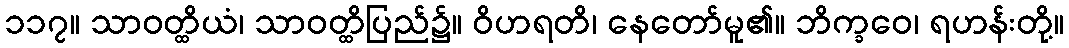
၁၁၇။ သာဝတ္ထိယံ၊ သာဝတ္ထိပြည်၌။ ဝိဟရတိ၊ နေတော်မူ၏။ ဘိက္ခဝေ၊ ရဟန်းတို့။